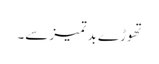
تھوڑے بد تمیزسے۔